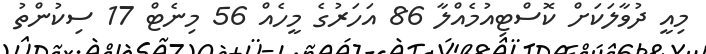
މިއީ ދުވާލަކަށް ކޮސްޓިއުމެއްލާ 86 އަހަރުގެ މީހެއް 56 މިނެޓް 17 ސިކުންތު